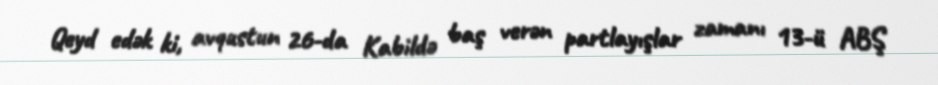
Qeyd edək ki, avqustun 26-da Kabildə baş verən partlayışlar zamanı 13-ü ABŞ